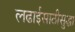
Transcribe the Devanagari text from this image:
लढाईसाठीसुद्धा